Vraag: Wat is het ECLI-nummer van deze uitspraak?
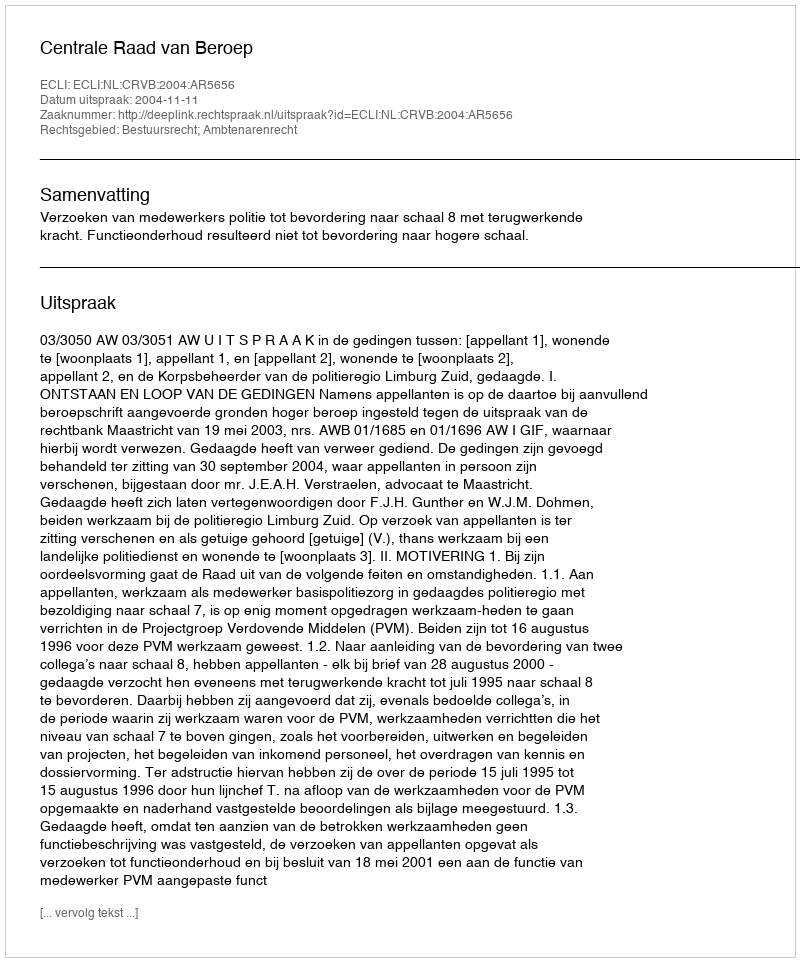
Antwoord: ECLI:NL:CRVB:2004:AR5656